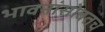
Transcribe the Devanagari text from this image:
भावनांसोबतच